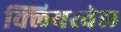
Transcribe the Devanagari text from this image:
क्लियरवेल